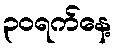
၃၀ရက်နေ့